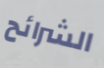
الشرائح